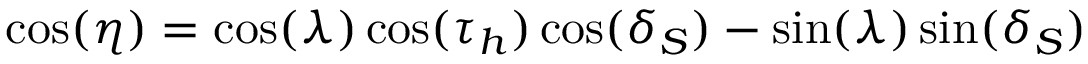
\cos ( \eta ) = \cos ( \lambda ) \cos ( \tau _ { h } ) \cos ( \delta _ { S } ) - \sin ( \lambda ) \sin ( \delta _ { S } )